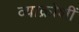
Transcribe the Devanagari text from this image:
व्याक्रोशीं